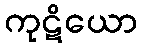
ကုဋိယော